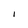
Character: I